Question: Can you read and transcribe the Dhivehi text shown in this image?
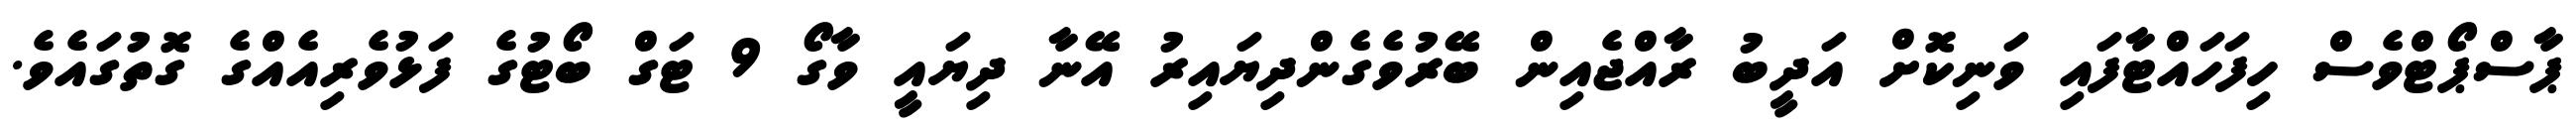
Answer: ޕާސްޕޯޓްވެސް ހިފަހައްޓާފައި ވަނިކޮށް އަދީބު ރާއްޖެއިން ބޭރުވެގެންދިޔައިރު އޭނާ ދިޔައީ ވާގޯ 9 ޓަގް ބޯޓުގެ ފަޅުވެރިއެއްގެ ގޮތުގައެވެ.